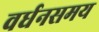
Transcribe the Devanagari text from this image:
वर्धनसमय